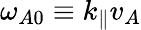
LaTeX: \omega_{A0}\equiv k_{\parallel}v_{A}